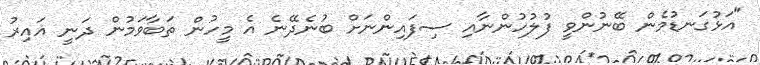
"އަޅުގަނޑުމެން ބޭނުންވީ ފުލުހުންނާއި ސިފައިންނަށް ބުނެދޭނެ އެ މީހުން ތަބާވަމުން ދަނީ ޣައިރު